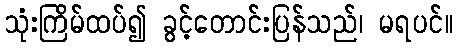
သုံးကြိမ်ထပ်၍ ခွင့်တောင်းပြန်သည်၊ မရပင်။